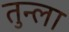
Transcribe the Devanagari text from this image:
तुन्ला